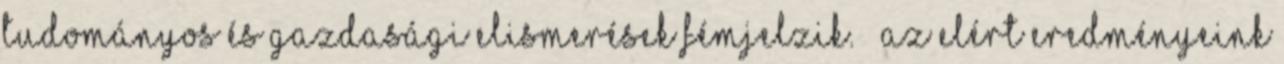
tudományos és gazdasági elismerések fémjelzik. — Az elért eredményeink